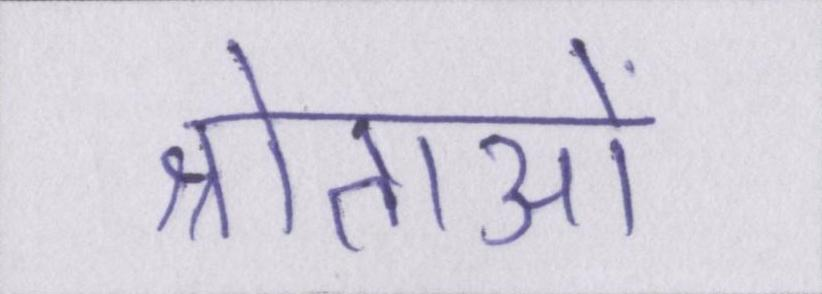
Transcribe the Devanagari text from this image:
श्रोताओं